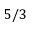
5 / 3